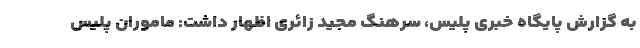
به گزارش پایگاه خبری پلیس، سرهنگ مجید زائری اظهار داشت: ماموران پلیس